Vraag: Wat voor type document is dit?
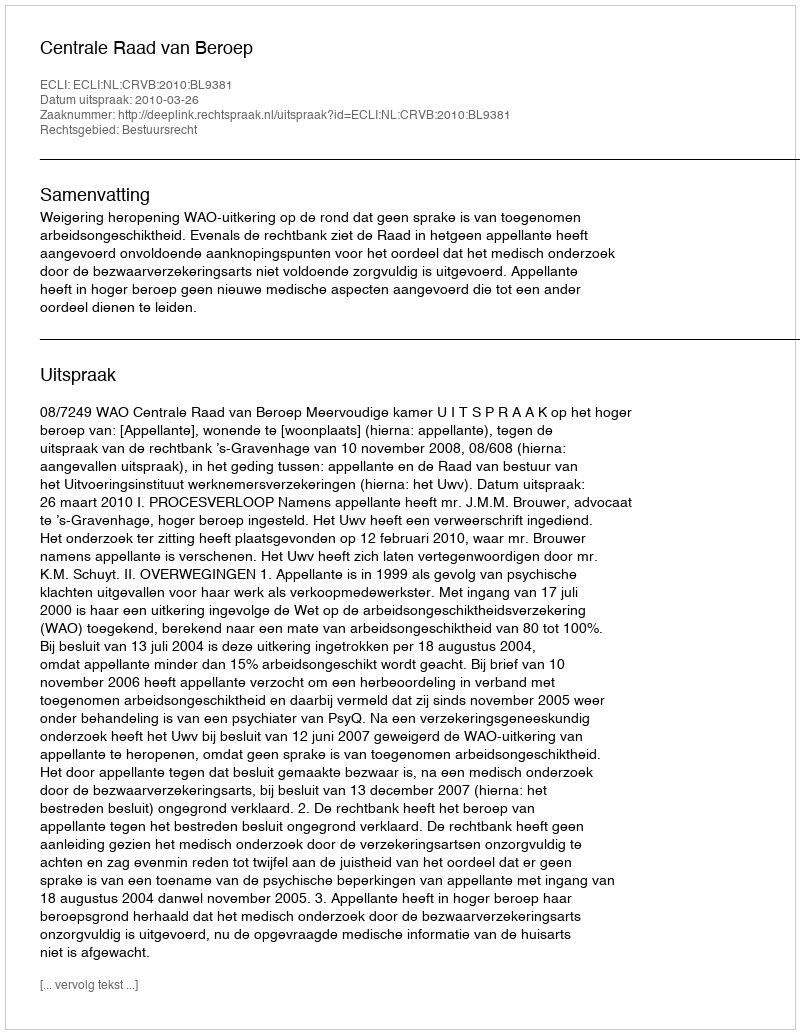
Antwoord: Uitspraak